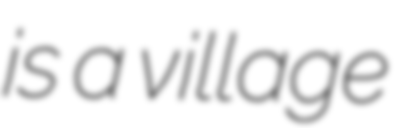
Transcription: is a village